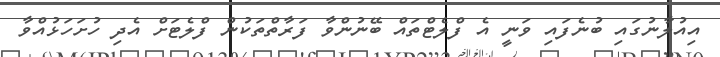
އިއުލާނުގައި ބުނެފައި ވަނީ އެ ފްލެޓްތައް ބޭނުންވާ ފަރާތްތަކުން ފްލެޓަށް އެދި ހުށަހަޅުއްވާ